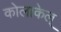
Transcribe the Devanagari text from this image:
कोलाकेल्